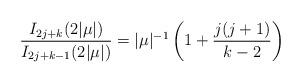
LaTeX: \begin{align*}\frac{I_{2j+k}(2|\mu|)}{I_{2j+k-1}(2|\mu|)}=|\mu|^{-1}\left(1+\frac{j(j+1)}{k-2}\right)\end{align*}